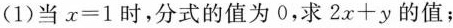
(1)当$$x=1$$时，分式的值为0，求$$2x+y$$的值；